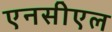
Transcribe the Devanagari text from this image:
एनसीएल